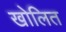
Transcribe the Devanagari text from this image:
खोलित